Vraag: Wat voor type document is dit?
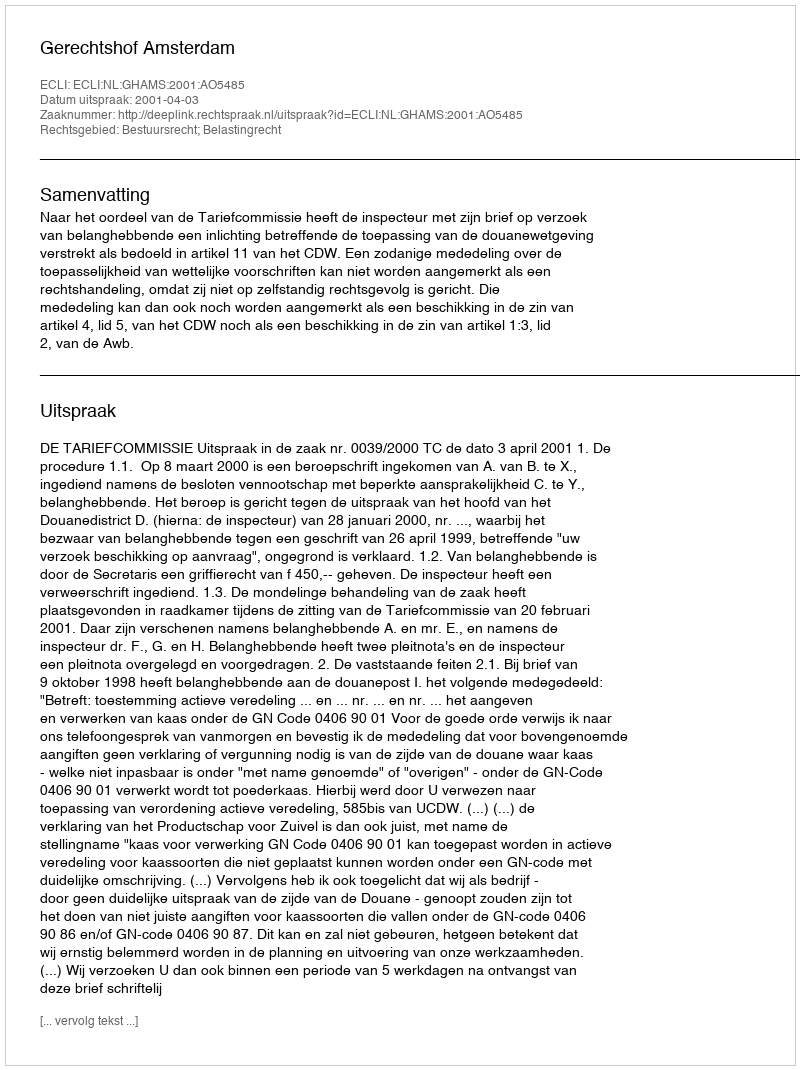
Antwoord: Uitspraak